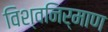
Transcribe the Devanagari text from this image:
विश्वनिर्माण